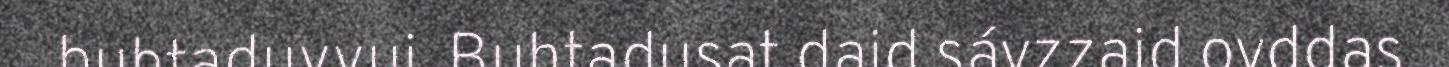
buhtaduvvui. Buhtadusat daid sávzzaid ovddas